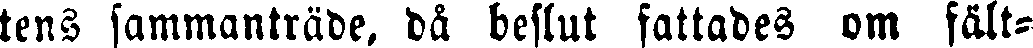
tens sammanträde, då beslut fattades om fält-